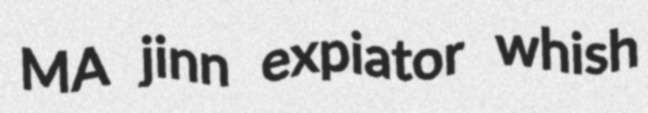
MA jinn expiator whish